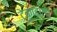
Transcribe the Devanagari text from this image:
टेकाडाला